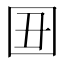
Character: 𡆴